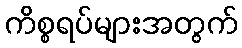
ကိစ္စရပ်များအတွက်